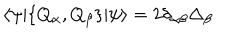
\langle \psi | \{ Q _ { \alpha } , Q _ { \beta } \} | \psi \rangle = 2 \delta _ { \alpha \beta } \Delta _ { \beta }